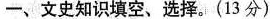
一、文史知识填空、选择。(13分)